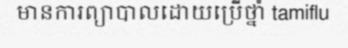
មានការព្យាបាលដោយប្រើថ្នាំ tamiflu